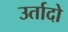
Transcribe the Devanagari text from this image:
उर्तादो